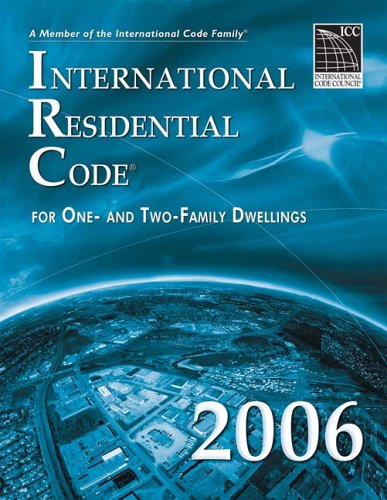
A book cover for International Residential Code for One- and Two-Family Dwellings 2006; International Code Council; Science & Math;